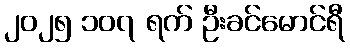
၂၀၂၅ ၁၀၇ ရက် ဦးခင်မောင်ရီ